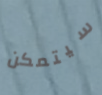
سيتمكن